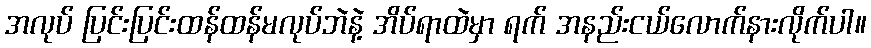
အလုပ် ပြင်းပြင်းထန်ထန်မလုပ်ဘဲနဲ့ အိပ်ရာထဲမှာ ရက် အနည်းငယ်လောက်နားလိုက်ပါ။